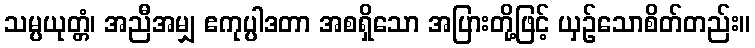
သမ္ပယုတ္တံ၊ အညီအမျှ ဧကုပ္ပါဒတာ အစရှိသော အပြားတို့ဖြင့် ယှဉ်သောစိတ်တည်း။